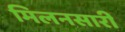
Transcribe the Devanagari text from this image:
मिलनसारी